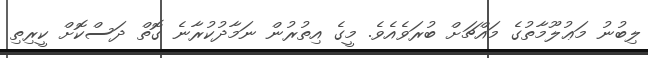
ލިބުނު މަޢުލޫމާތުގެ މައްޗަށް ބުރަވެއެވެ. މީގެ އިތުރުން ނަމާދުކުރާނެ ގޮތް ދަސްކޮށް ކީރިތި